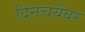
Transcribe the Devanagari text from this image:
दिनचर्येवर